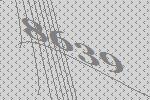
8639